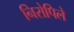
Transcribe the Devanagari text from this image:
निरोपिले